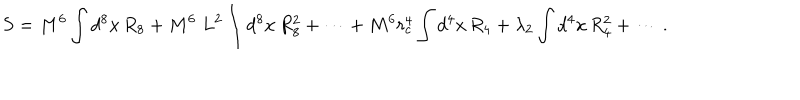
S = M ^ { 6 } \int d ^ { 8 } x \, R _ { 8 } + M ^ { 6 } \; L ^ { 2 } \int d ^ { 8 } x \, R _ { 8 } ^ { 2 } + \cdots + M ^ { 6 } r _ { c } ^ { 4 } \int d ^ { 4 } x \, R _ { 4 } + \lambda _ { 2 } \int d ^ { 4 } x \, R _ { 4 } ^ { 2 } + \cdots \, .